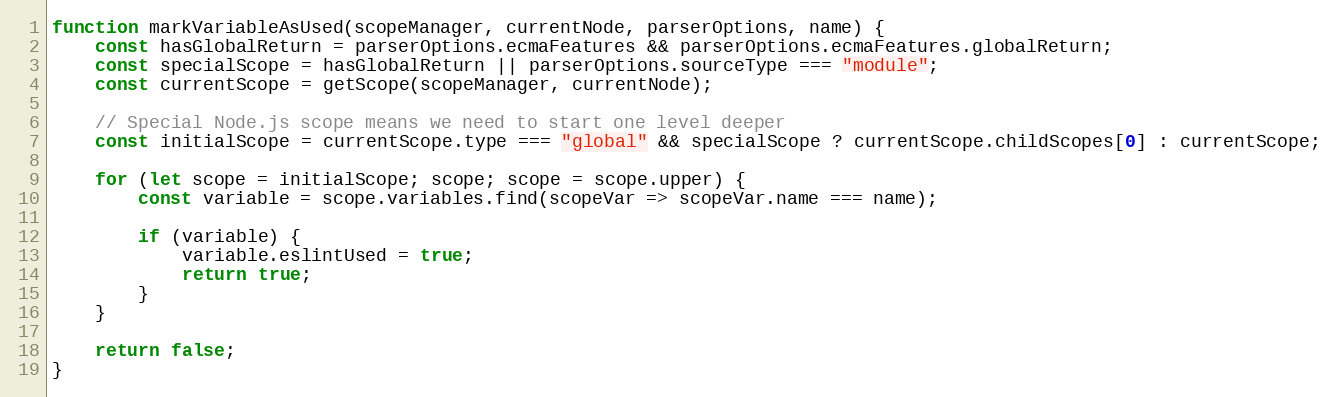
Language: JavaScript
function markVariableAsUsed(scopeManager, currentNode, parserOptions, name) {
    const hasGlobalReturn = parserOptions.ecmaFeatures && parserOptions.ecmaFeatures.globalReturn;
    const specialScope = hasGlobalReturn || parserOptions.sourceType === "module";
    const currentScope = getScope(scopeManager, currentNode);

    // Special Node.js scope means we need to start one level deeper
    const initialScope = currentScope.type === "global" && specialScope ? currentScope.childScopes[0] : currentScope;

    for (let scope = initialScope; scope; scope = scope.upper) {
        const variable = scope.variables.find(scopeVar => scopeVar.name === name);

        if (variable) {
            variable.eslintUsed = true;
            return true;
        }
    }

    return false;
}